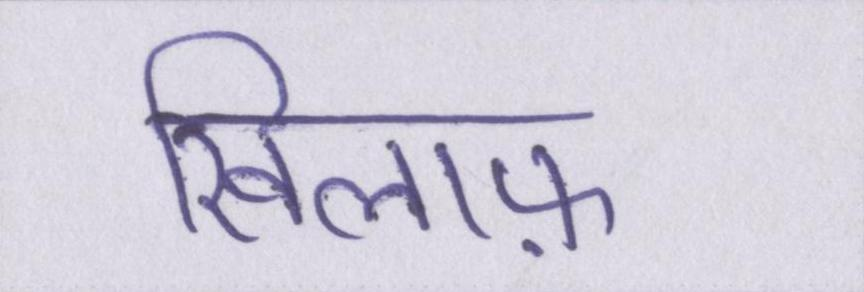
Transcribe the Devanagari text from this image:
खिलाफ़